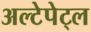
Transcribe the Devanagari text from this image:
अल्टेपेट्ल